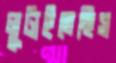
লুটাইতেছিস